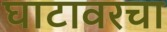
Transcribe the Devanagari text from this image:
घाटावरचा